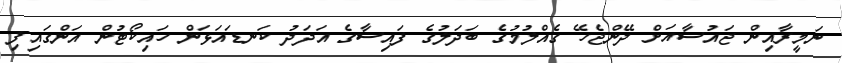
ނަމީރާއިން ޖައުސާއަށް ދޭންޖެހޭ ގެއްލުމުގެ ބަދަލުގެ ފައިސާގެ އަދަދު ކަނޑައަޅަން ހައިކޯޓުން އަންގައިފި